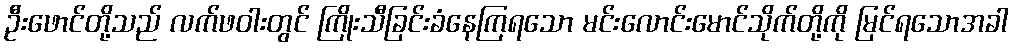
ဦးဖောင်တို့သည် လက်ဖဝါးတွင် ကြိုးသီခြင်းခံနေကြရသော မင်းလောင်းမောင်သိုက်တို့ကို မြင်ရသောအခါ